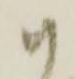
以